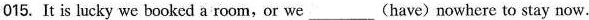
015. It is lucky we booked a room,or we ___ (have)nowhere to stay now.